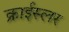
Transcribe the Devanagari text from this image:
क्राईस्लर